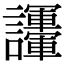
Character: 𧮘